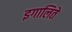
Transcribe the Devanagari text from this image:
इगालिते